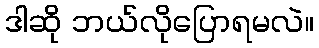
ဒါဆို ဘယ်လိုပြောရမလဲ။